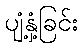
ပျံ့နှံ့ခြင်း